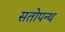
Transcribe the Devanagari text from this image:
सतोपन्थ